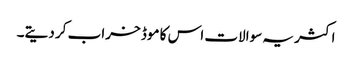
اکثر یہ سوالات اس کا موڈ خراب کر دیتے۔